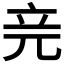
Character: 𥩗